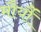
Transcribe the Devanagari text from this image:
मौर्यौं